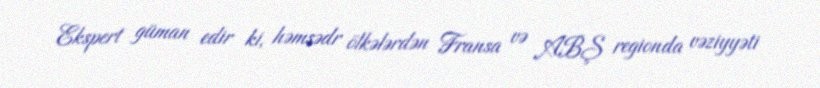
Ekspert güman edir ki, həmsədr ölkələrdən Fransa və ABŞ regionda vəziyyəti